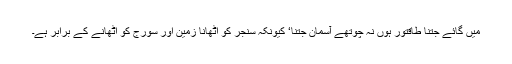
میں گائے جتنا طاقتور ہوں نہ چوتھے آسمان جتنا‘ کیونکہ سنجر کو اٹھانا زمین اور سورج کو اٹھانے کے برابر ہے۔